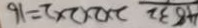
4 8 3 2 2 \times 2 \times 2 \times 2 = 1 6